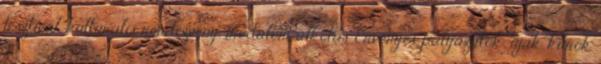
fesztivál, kulturális rendezvény, irodalom, alkotás Érvényes pályázatok: újak, kiírók